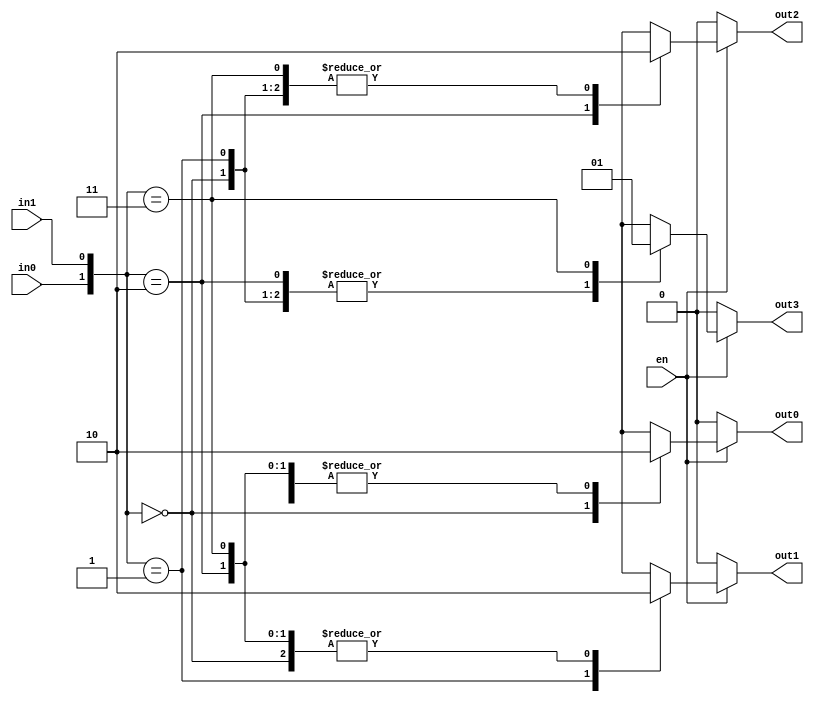
`timescale 1ns / 1ps

module decoder2x4(in0,in1,out0,out1,out2,out3,en);
        input in0, in1, en;
		output reg out0, out1, out2, out3;
		
        always@(in0, in1, en)
                begin
                if(~en) begin
                    out0 <= 1'd0;
                    out1 <= 1'd0;
                    out2 <= 1'd0;
                    out3 <= 1'd0;
                    end
                else begin
                    case({in0,in1})
                        2'b00:begin 
                                out0 <= 1'd1;
                                out1 <= 1'd0;
                                out2 <= 1'd0;
                                out3 <= 1'd0;
                                end
                        2'b01:begin
                                out0 <= 1'd0;
                                out1 <= 1'd1;
                                out2 <= 1'd0;
                                out3 <= 1'd0;
                                end
                        2'b10:begin
                                out0 <= 1'd0;
                                out1 <= 1'd0;
                                out2 <= 1'd1;
                                out3 <= 1'd0;
                                end
                        2'b11:begin
                                out0 <= 1'd0;
                                out1 <= 1'd0;
                                out2 <= 1'd0;
                                out3 <= 1'd1;
                                end
                        default:begin
                                  out0 <= 1'd0;
                                  out1 <= 1'd0;
                                  out2 <= 1'd0;
                                  out3 <= 1'd0;
                                  end
                    endcase
                    end
                end
endmodule